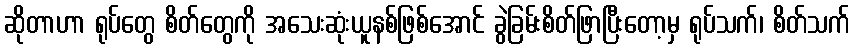
ဆိုတာဟာ ရုပ်တွေ စိတ်တွေကို အသေးဆုံးယူနစ်ဖြစ်အောင် ခွဲခြမ်းစိတ်ဖြာပြီးတော့မှ ရုပ်သက်၊ စိတ်သက်